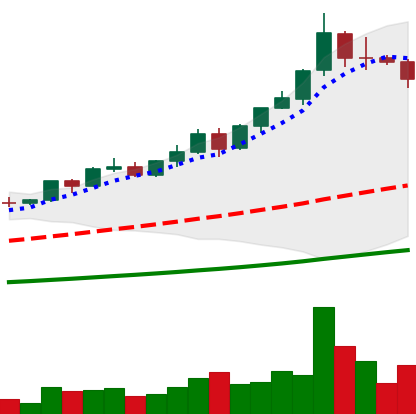
Ticker: BNB-USD
Chart end date: 2021-04-16
Forward return: 7.017%
Label: up_7plus